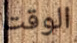
الوقت